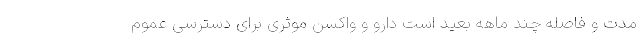
مدت و فاصله چند ماهه بعید است دارو و واکسن موثری برای دسترسی عموم